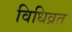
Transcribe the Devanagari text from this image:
विधिव्रत